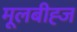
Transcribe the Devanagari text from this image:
मूलबीह्ज